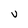
Character: V